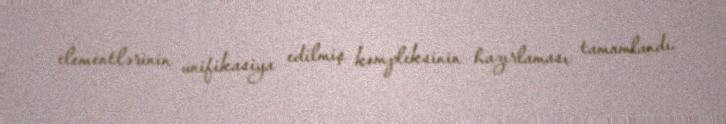
elementlərinin unifikasiya edilmiş kompleksinin hazırlaması tamamlandı.